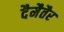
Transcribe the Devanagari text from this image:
दैमैतैर